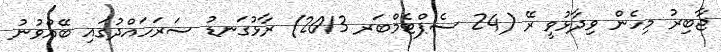
ޖާބިރު މިހެން ވިދާޅުވީ ރޭ (24 ސެޕްޓެމްބަރ 2013) ރާޅުގަނޑު ސަރަހައްދުގައި ބޭއްވުނު